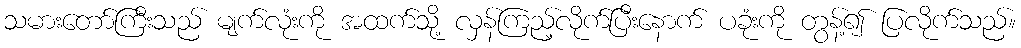
သမားတော်ကြီးသည် မျက်လုံးကို အထက်သို့ လှန်ကြည့်လိုက်ပြီးနောက် ပခုံးကို တွန့်၍ ပြလိုက်သည်။